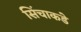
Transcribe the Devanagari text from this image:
सिंचाकडे